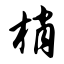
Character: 梢